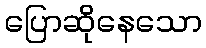
ပြောဆိုနေသော